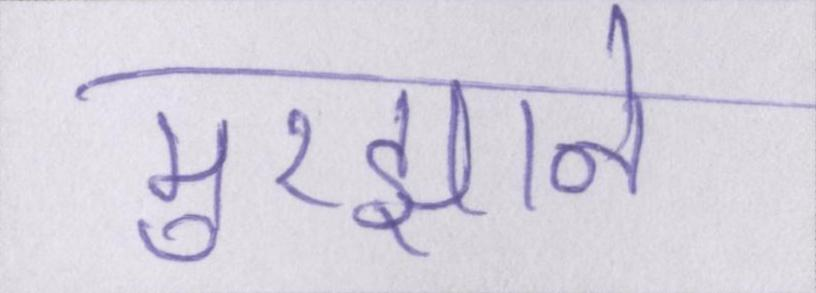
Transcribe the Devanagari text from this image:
मुरझाने